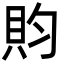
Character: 䝧